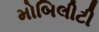
મોબિલીટી